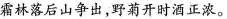
霜林落后山争出，野菊开时酒正浓。